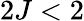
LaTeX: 2J<2